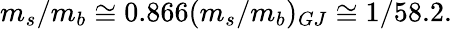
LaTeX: m_{s}/m_{b}\cong 0.866(m_{s}/m_{b})_{GJ}\cong 1/58.2.